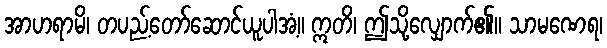
အာဟရာမိ၊ တပည့်တော်ဆောင်ယူပါအံ့။ ဣတိ၊ ဤသို့လျှောက်၏။ သာမဏေရ၊